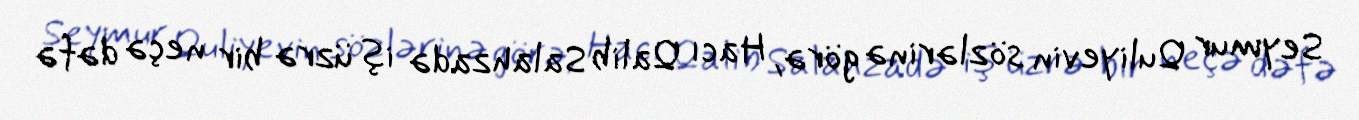
Seymur Quliyevin sözlərinə görə, Hacı Qalib Salahzadə iş üzrə bir neçə dəfə